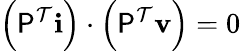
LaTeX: \left(\mathsf{P}^{\mathcal{T}}\mathbf{i}\right)\cdot\left(\mathsf{P}^{\mathcal{T}}\mathbf{v}\right)=0